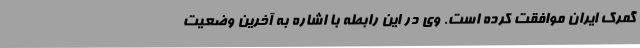
گمرک ایران موافقت کرده است. وی در این رابطه با اشاره به آخرین وضعیت